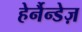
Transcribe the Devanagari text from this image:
हेर्नैन्डेज़